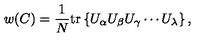
w ( C ) = \frac { 1 } { N } \mathrm { t r } \left\{ U _ { \alpha } U _ { \beta } U _ { \gamma } \cdots U _ { \lambda } \right\} ,